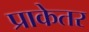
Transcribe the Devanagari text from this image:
प्राकेतर